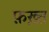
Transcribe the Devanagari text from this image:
फ़ख़्त